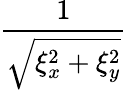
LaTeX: \frac{1}{\sqrt{\xi_{x}^{2}+\xi_{y}^{2}}}